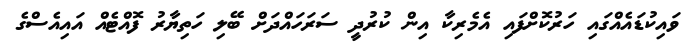
ވައިކުޑައެއްގައި ހަރުކޮށްފައި އެމެރިކާ އިން ކުރުދީ ސަރަހައްދަށް ބޭލި ހަތިޔާރު ފޮއްޓެއް އައިއެސްގެ